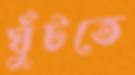
ঘুঁটতে